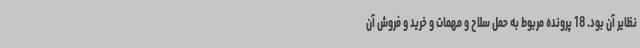
نظایر آن بود. 18 پرونده مربوط به حمل سلاح و مهمات و خرید و فروش آن